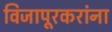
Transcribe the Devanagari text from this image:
विजापूरकरांना